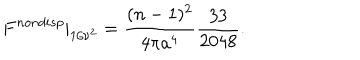
F ^ { n o n d i s p } | _ { 1 / \nu ^ { 2 } } = \frac { ( n - 1 ) ^ { 2 } } { 4 \pi a ^ { 4 } } \frac { 3 3 } { 2 0 4 8 } .